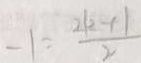
- 1 = \frac { 2 k + 1 } { 2 }